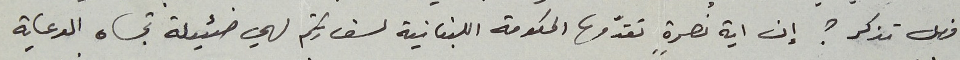
فهل تذكر ؟ إن اية نصرةٍ تقدّمها الحكومة اللبنانية لسفارتكم لهي ضئيلة تجاه الدعاية